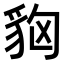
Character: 𧲳